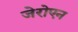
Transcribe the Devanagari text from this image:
जेरोएन